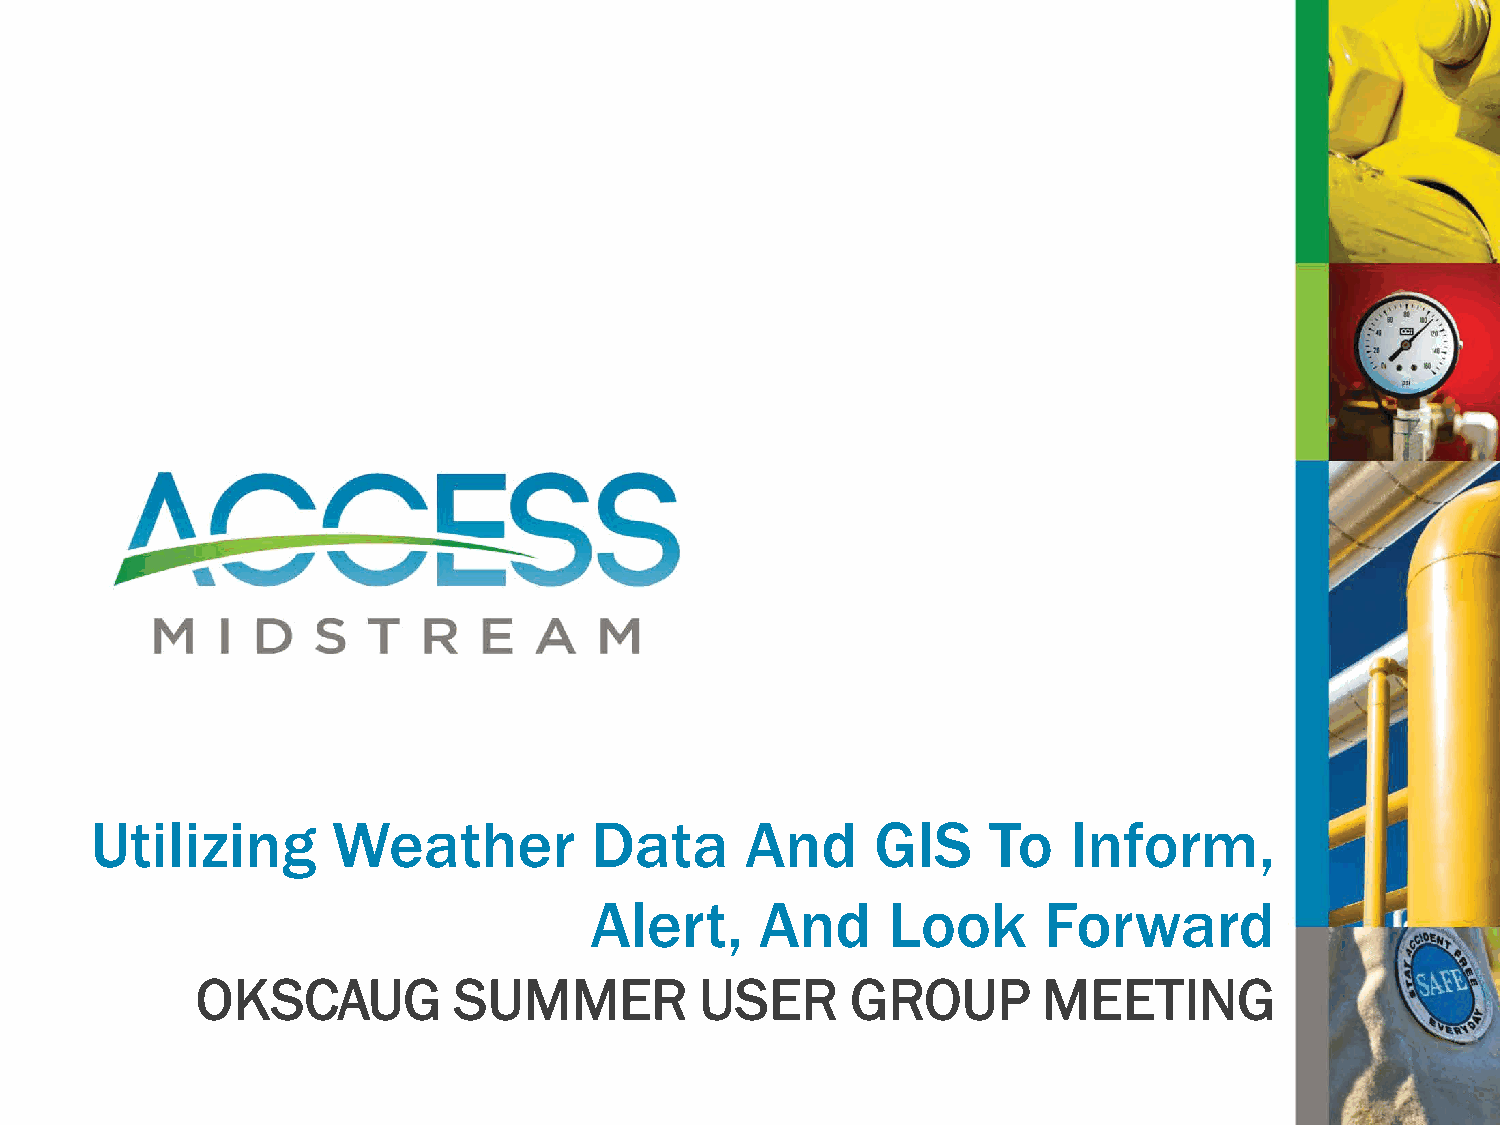
Utilizing       Weather          Data      And      GIS    To    Inform,
 Alert,     And      Look      Forward
 OKSCAUG          SUMMER          USER      GROUP        MEETING